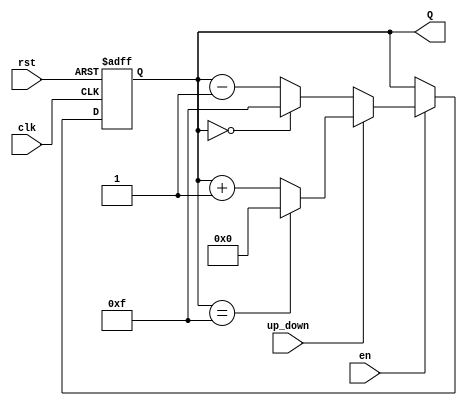
module binary_counter #(
    parameter WIDTH = 4 // Parameter to define the width of the counter (number of bits)
)(
    input wire clk,      // Clock signal
    input wire rst,      // Asynchronous reset signal
    input wire en,       // Enable signal for counting
    input wire up_down,  // Control signal for counting direction (1 for up, 0 for down)
    output reg [WIDTH-1:0] Q // Current count value
);

    // Always block triggered on the rising edge of the clock or when reset is asserted
    always @(posedge clk or posedge rst) begin
        if (rst) begin
            Q <= 0; // Reset the counter to zero
        end else if (en) begin
            if (up_down) begin
                // Count up
                Q <= (Q == (1 << WIDTH) - 1) ? 0 : Q + 1; // Wrap around on max value
            end else begin
                // Count down
                Q <= (Q == 0) ? (1 << WIDTH) - 1 : Q - 1; // Wrap around on min value
            end
        end
    end

endmodule